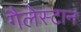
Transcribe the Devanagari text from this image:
गैलेस्टान